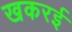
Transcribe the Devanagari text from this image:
खकरई